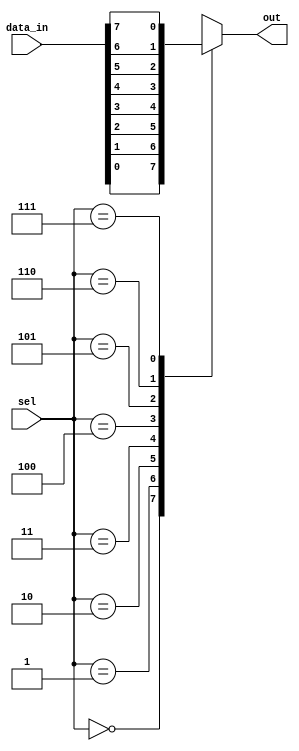
module mux8to1(input [7:0] data_in,
              input [2:0] sel,
              output reg out);

always @(*) begin
    case(sel)
        3'b000: out = data_in[0];
        3'b001: out = data_in[1];
        3'b010: out = data_in[2];
        3'b011: out = data_in[3];
        3'b100: out = data_in[4];
        3'b101: out = data_in[5];
        3'b110: out = data_in[6];
        3'b111: out = data_in[7];
        default: out = 8'b0;
    endcase
end

endmodule